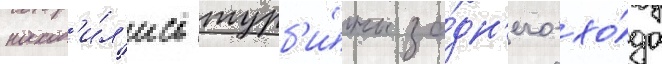
наход'и́л'ись турб'и́ны за́дн'его хо́да